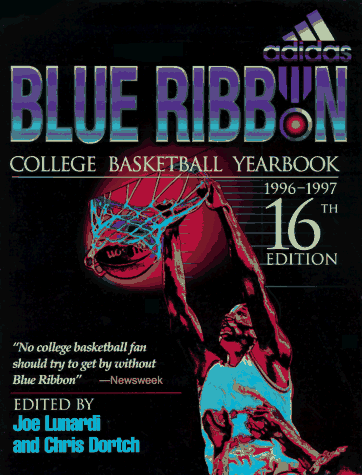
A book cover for Blue Ribbon College Basketball Yearbook 1996-1997 (Chris Dortch's College Basketball Forecast); Sports & Outdoors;